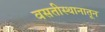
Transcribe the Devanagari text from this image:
वसतीस्थानातून